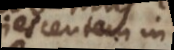
quiescentem in